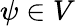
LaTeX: \psi\in V